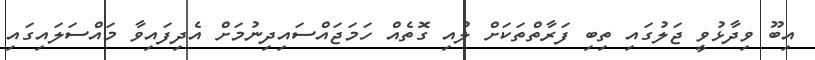
އިބޫ ވިދާޅުވީ ޖަލުގައި ތިބި ފަރާތްތަކަށް ލުއި ގޮތެއް ހަމަޖައްސައިދިނުމަށް އެދިފައިވާ މައްސަލައިގައި